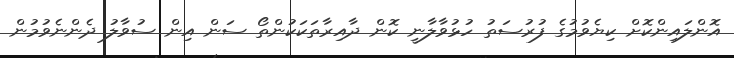
އޮންލައިންކޮށް ކިޔެވުމުގެ ފުރުސަތު ހުޅުވާލާނީ ކޮން ދާއިރާތަކަކުންތޯ ސަން އިން ސުވާލު ދެންނެވުމުން